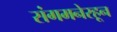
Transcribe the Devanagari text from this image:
संगमनेरहून